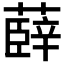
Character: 𮑠